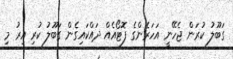
ގަބޫލު ކުރަން ޖެހޭނީ އަހަރެންގެ ފޮޓޯއެއް ދައްކައިގެން ގަބޫލު ކުރި އިރު މި